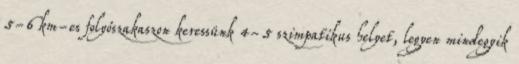
5-6 km-es folyószakaszon keressünk 4-5 szimpatikus helyet, legyen mindegyik